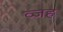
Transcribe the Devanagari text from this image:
व्जह